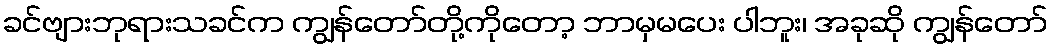
ခင်ဗျားဘုရားသခင်က ကျွန်တော်တို့ကိုတော့ ဘာမှမပေး ပါဘူး၊ အခုဆို ကျွန်တော်